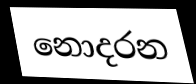
නොදරන